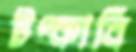
টপ্‌কাবি